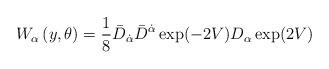
LaTeX: \begin{align*}W_\alpha \left( y,\theta \right) =\frac{1}{8}\bar D_{\dot\alpha} \bar D^{\dot\alpha} \exp(-2 V) D_\alpha \exp(2 V)\end{align*}